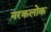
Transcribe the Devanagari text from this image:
नरकलोक